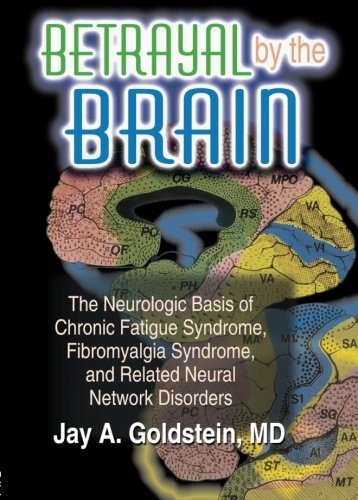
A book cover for Betrayal by the Brain: The Neurologic Basis of Chronic Fatigue Syndrome, Fibromyalgia Syndrome, and Related Neural Network (The Haworth Library of the ... Networks in Health & Illness +); Jay Goldstein; Health, Fitness & Dieting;